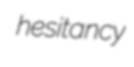
hesitancy